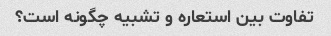
تفاوت بین استعاره و تشبیه چگونه است؟